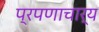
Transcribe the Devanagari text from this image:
प्रपणाचार्य